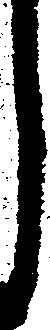
し